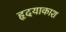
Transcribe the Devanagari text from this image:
हृदयाकाश